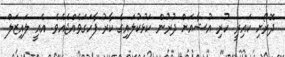
ދޮރޯށި ކައިރީ ހުރި އުޝާއަށް ދުރުން ކަޅުކުލައިގެ ކާރު ފާހަގަވެއްޖެއެވެ. އެއީ ލައިޒަލް